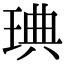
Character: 琠